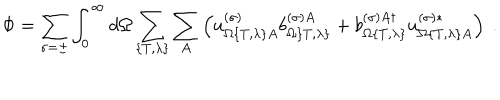
\Phi = \sum _ { \sigma = \pm } \int _ { 0 } ^ { \infty } d \Omega \sum _ { \{ T , \lambda \} } \sum _ { A } \left( u _ { \Omega \{ T , \lambda \} A } ^ { ( \sigma ) } b _ { \Omega \{ T , \lambda \} } ^ { ( \sigma ) A } + b _ { \Omega \{ T , \lambda \} } ^ { ( \sigma ) A \dagger } u _ { \Omega \{ T , \lambda \} A } ^ { ( \sigma ) * } \right) \ .